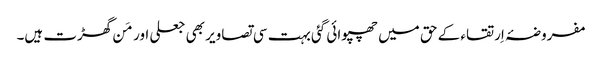
مفروضۂ اِرتقاء کے حق میں چھپوائی گئی بہت سی تصاویر بھی جعلی اور مَن گھڑت ہیں۔